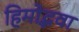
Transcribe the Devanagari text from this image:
हिमोद्भवा